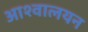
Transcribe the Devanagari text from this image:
आश्वालयन